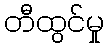
တီထွင်မှု